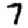
Digit: 7